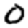
Digit: 0